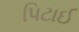
પિટાઈ